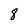
Character: 8